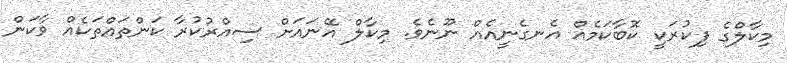
މިކާލްގެ ފިކުރަކީ ކޮބާކަމެއް އެނގެނީއެއް ނޫނެވެ. މިކާލް އޭނައަށް ސިއްރުކުރާ ކަންތައްތަކެއް ވާކަން